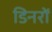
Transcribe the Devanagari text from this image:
डिनरों